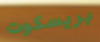
بريسكوت